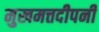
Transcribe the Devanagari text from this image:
मुखमत्तदीपनी